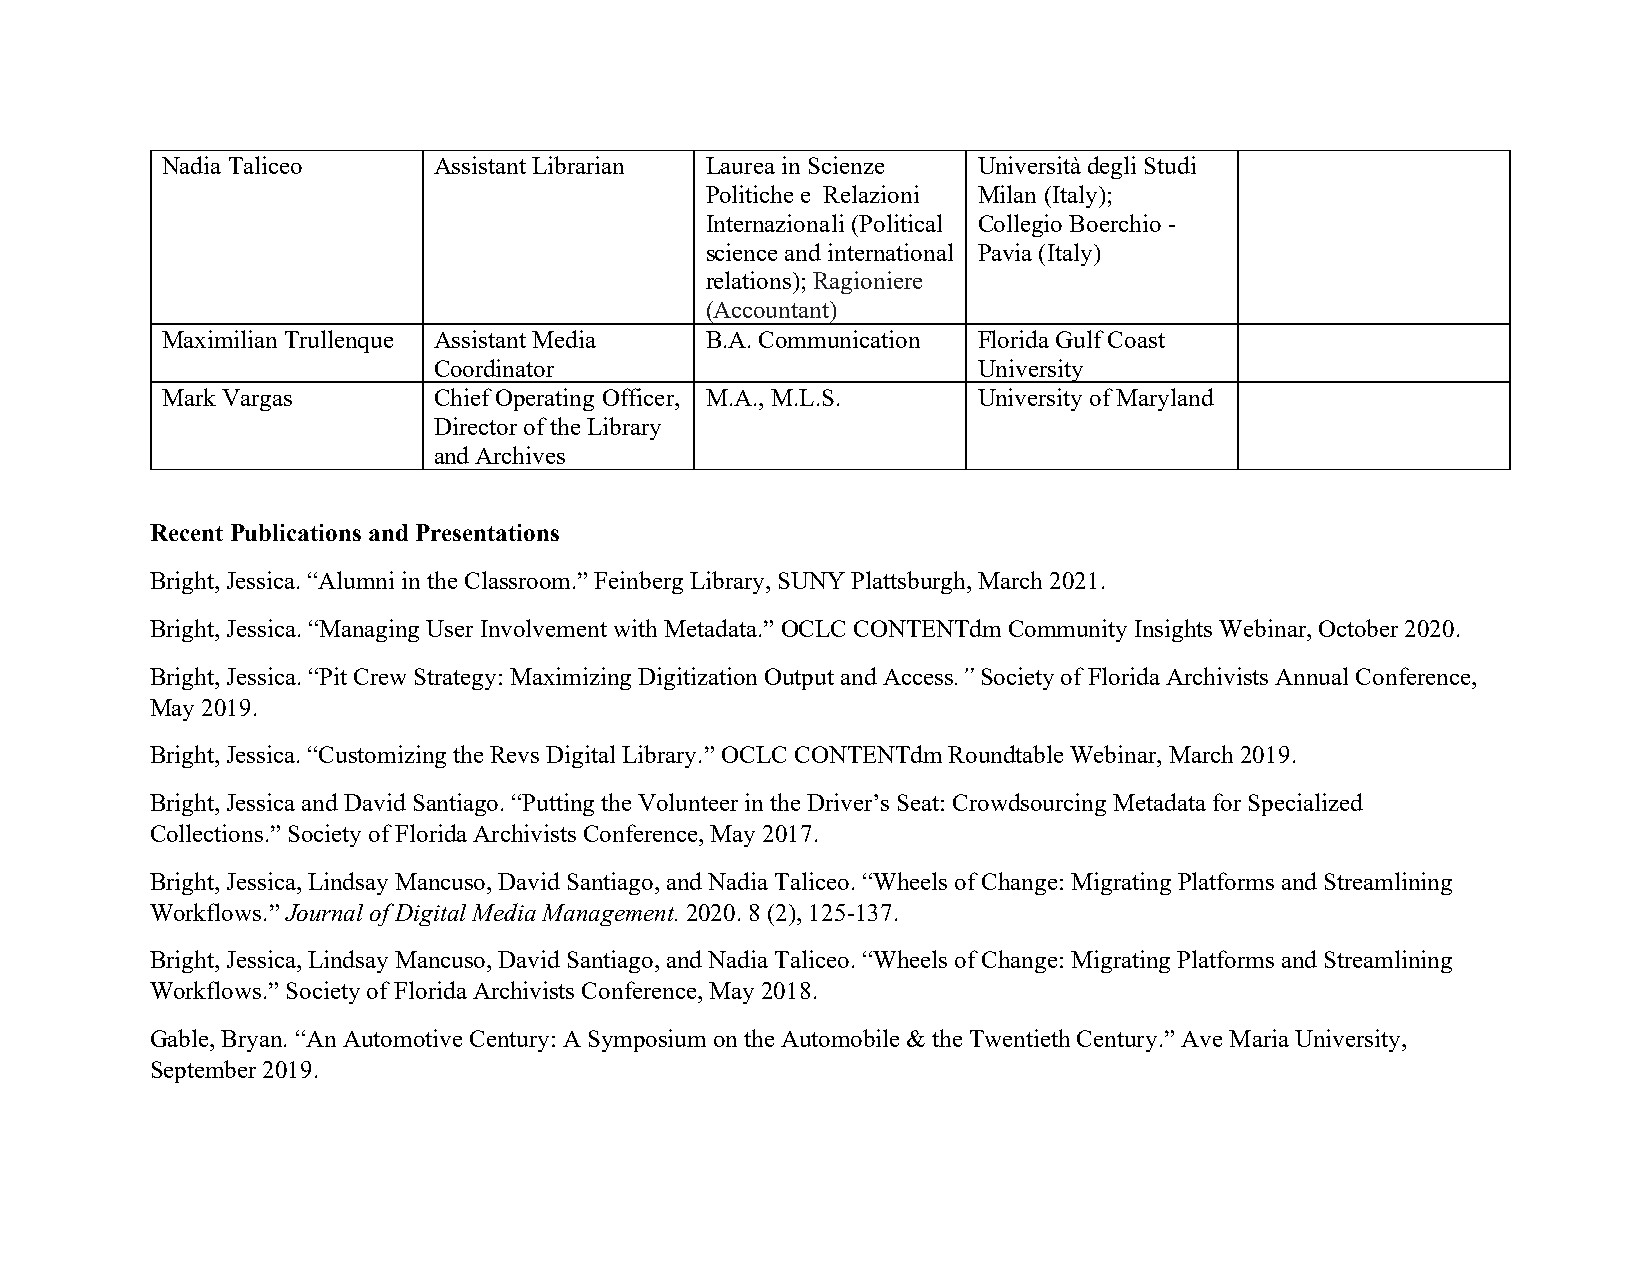
Nadia Taliceo     Assistant Librarian Laurea in Scienze Università degli Studi
 Politiche e Relazioni Milan (Italy);
 Internazionali (Political Collegio Boerchio -
 science and international Pavia (Italy)
 relations); Ragioniere
 (Accountant)
 Maximilian Trullenque Assistant Media B.A. Communication Florida Gulf Coast
 Coordinator                         University
 Mark Vargas       Chief Operating Officer, M.A., M.L.S. University of Maryland
 Director of the Library
 and Archives
 Recent Publications and Presentations
 Bright, Jessica. “Alumni in the Classroom.” Feinberg Library, SUNY Plattsburgh, March 2021.
 Bright, Jessica. “Managing User Involvement with Metadata.” OCLC CONTENTdm Community Insights Webinar, October 2020.
 Bright, Jessica. “Pit Crew Strategy: Maximizing Digitization Output and Access.” Society of Florida Archivists Annual Conference,
 May 2019.
 Bright, Jessica. “Customizing the Revs Digital Library.” OCLC CONTENTdm Roundtable Webinar, March 2019.
 Bright, Jessica and David Santiago. “Putting the Volunteer in the Driver’s Seat: Crowdsourcing Metadata for Specialized
 Collections.” Society of Florida Archivists Conference, May 2017.
 Bright, Jessica, Lindsay Mancuso, David Santiago, and Nadia Taliceo. “Wheels of Change: Migrating Platforms and Streamlining
 Workflows.” Journal of Digital Media Management. 2020. 8 (2), 125-137.
 Bright, Jessica, Lindsay Mancuso, David Santiago, and Nadia Taliceo. “Wheels of Change: Migrating Platforms and Streamlining
 Workflows.” Society of Florida Archivists Conference, May 2018.
 Gable, Bryan. “An Automotive Century: A Symposium on the Automobile & the Twentieth Century.” Ave Maria University,
 September 2019.